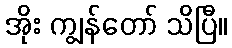
အိုး ကျွန်တော် သိပြီ။